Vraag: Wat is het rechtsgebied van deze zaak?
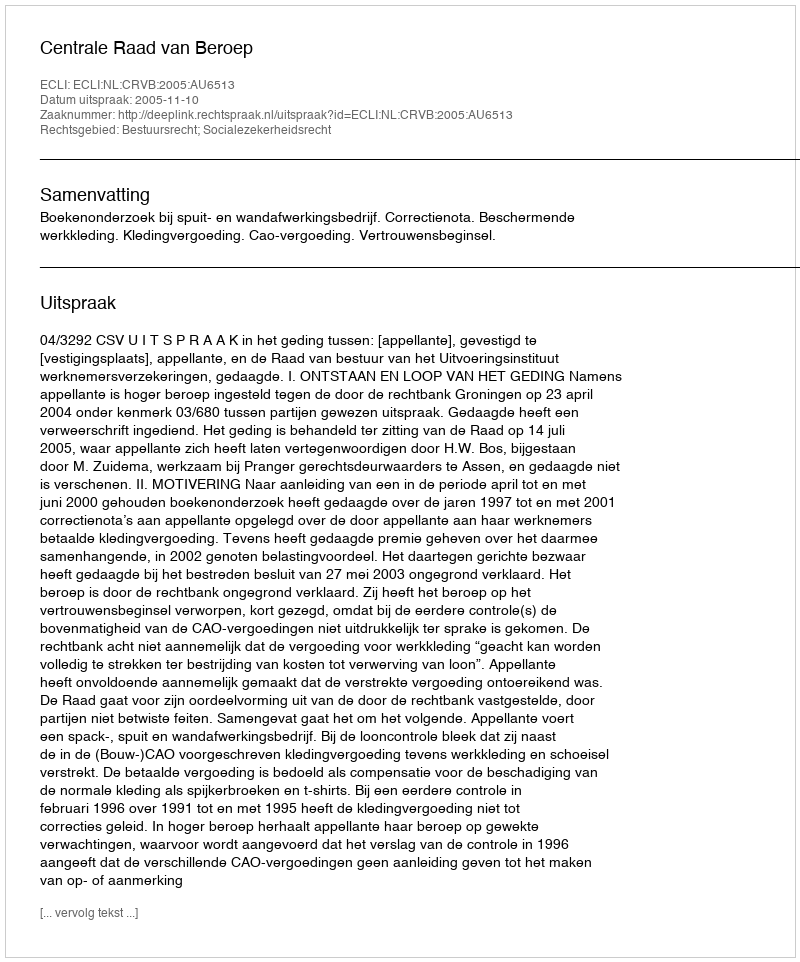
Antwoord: Bestuursrecht; Socialezekerheidsrecht